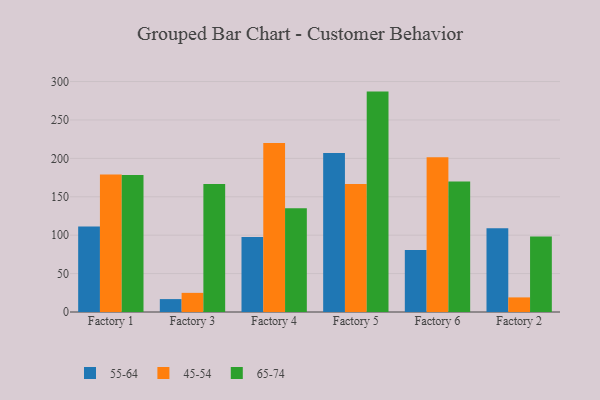
{"axis": {"x": "Factory", "y": "Headcount"}, "legend": ["45-54", "55-64", "65-74"], "data": [{"x": "Factory 1", "y": 111.2, "type": "55-64"}, {"x": "Factory 1", "y": 179.0, "type": "45-54"}, {"x": "Factory 1", "y": 178.3, "type": "65-74"}, {"x": "Factory 3", "y": 16.8, "type": "55-64"}, {"x": "Factory 3", "y": 24.9, "type": "45-54"}, {"x": "Factory 3", "y": 166.7, "type": "65-74"}, {"x": "Factory 4", "y": 97.7, "type": "55-64"}, {"x": "Factory 4", "y": 219.9, "type": "45-54"}, {"x": "Factory 4", "y": 135.0, "type": "65-74"}, {"x": "Factory 5", "y": 206.9, "type": "55-64"}, {"x": "Factory 5", "y": 166.7, "type": "45-54"}, {"x": "Factory 5", "y": 286.9, "type": "65-74"}, {"x": "Factory 6", "y": 80.6, "type": "55-64"}, {"x": "Factory 6", "y": 201.4, "type": "45-54"}, {"x": "Factory 6", "y": 169.9, "type": "65-74"}, {"x": "Factory 2", "y": 108.9, "type": "55-64"}, {"x": "Factory 2", "y": 19.0, "type": "45-54"}, {"x": "Factory 2", "y": 98.2, "type": "65-74"}]}